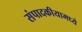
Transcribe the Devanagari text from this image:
संपादकीयामध्ये